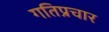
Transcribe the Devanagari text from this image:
गतिप्रचार